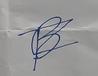
Signature authenticity: forged